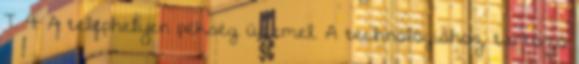
T. 4. A telephelyen pékség üzemel. A technológiához tartozó